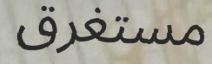
مستغرق